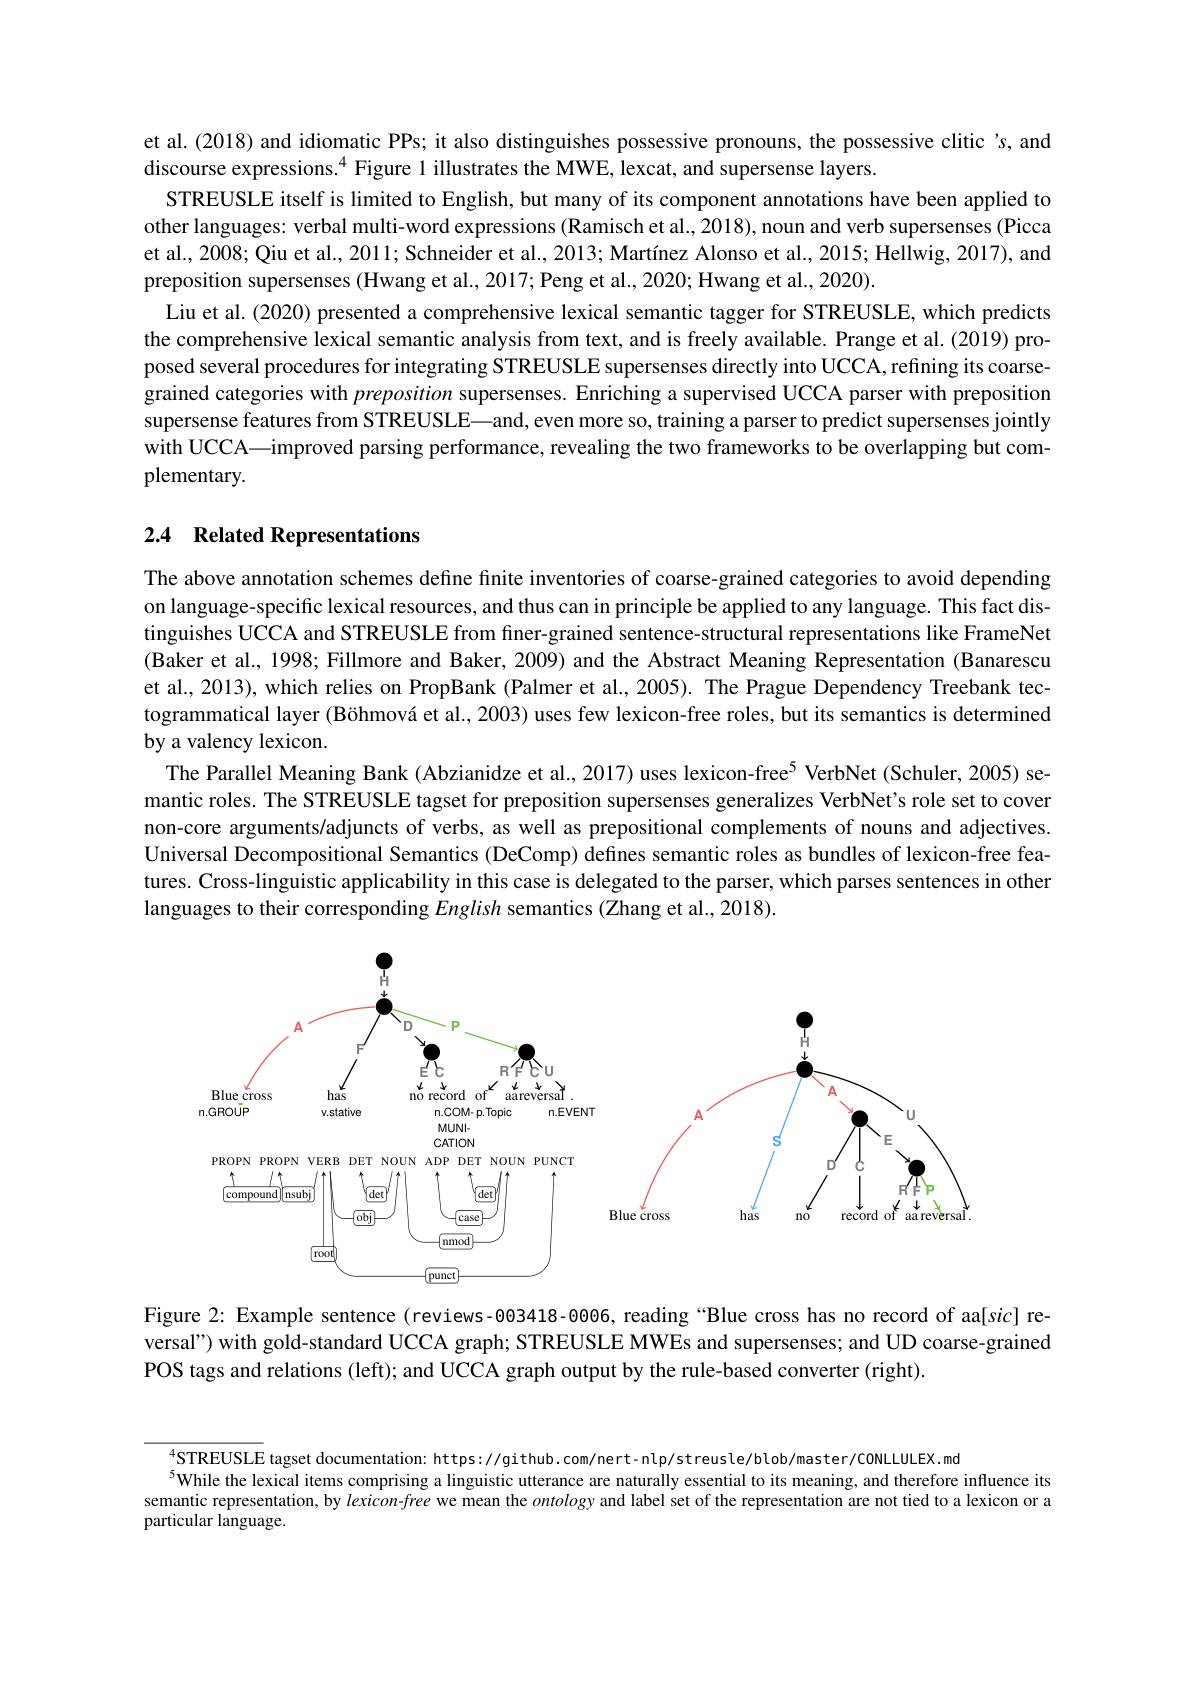
et al.(2018) and idiomatic PPs; it also distinguishes possessive pronouns, the possessive clitic 's, and
discourse expressions.$^{4}$ Figure 1 illustrates the MWE, lexcat, and supersense layers.
STREUSLE itself is limited to English, but many of its component annotations have been applied to other languages: verbal multi-word expressions (Ramisch et al., 2018), noun and verb supersenses (Picca et al., 2008; Qiu et al., 2011; Schneider et al., 2013; Martínez Alonso et al., 2015; Hellwig, 2017), and preposition supersenses (Hwang et al., 2017; Peng et al., 2020; Hwang et al., 2020).
Liu et al. (2020) presented a comprehensive lexical semantic tagger for STREUSLE, which predicts the comprehensive lexical semantic analysis from text, and is freely available. Prange et al. (2019) proposed several procedures for integrating STREUSLE supersenses directly into UCCA, refining its coarsegrained categories with preposition supersenses. Enriching a supervised UCCA parser with preposition supersense features from STREUSLE—and, even more so, training a parser to predict supersenses jointly with UCCA—improved parsing performance, revealing the two frameworks to be overlapping but complementary.

## 2.4 Related Representations

The above annotation schemes define finite inventories of coarse-grained categories to avoid depending on language-specific lexical resources, and thus can in principle be applied to any language. This fact dis tinguishes UCCA and STREUSLE from finer-grained sentence-structural representations like FrameNet (Baker et al., 1998; Fillmore and Baker, 2009) and the Abstract Meaning Representation (Banarescu et al., 2013), which relies on PropBank (Palmer et al., 2005). The Prague Dependency Treebank tectogrammatical layer (Böhmová et al., 2003) uses few lexicon-free roles, but its semantics is determined by a valency lexicon.
The Parallel Meaning Bank (Abzianidze et al., 2017) uses lexicon-free$^{5}$ VerbNet (Schuler, 2005) semantic roles. The STREUSLE tagset for preposition supersenses generalizes VerbNet's role set to cover non-core arguments/adjuncts of verbs, as well as prepositional complements of nouns and adjectives. Universal Decompositional Semantics (DeComp) defines semantic roles as bundles of lexicon-free features. Cross-linguistic applicability in this case is delegated to the parser, which parses sentences in other languages to their corresponding English semantics (Zhang et al., 2018).

<FigureHere>

Figure 2: Example sentence (reviews-003418-0006, reading“Blue cross has no record of aa[sic] reversal") with gold-standard UCCA graph; STREUSLE MWEs and supersenses; and UD coarse-grained POS tags and relations (left); and UCCA graph output by the rule-based converter (right).

$_{5}^{4}$STREUSLE tagset documentation: https://github.com/nert-nlp/streusle/blob/master/CONLLULEX.md
$^{5}$While the lexical items comprising a linguistic utterance are naturally essential to its meaning, and therefore influence its semantic representation, by $lexicon-free$ we mean the ontology and label set of the representation are not tied to a lexicon or a particular language.